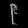
Digit: ၉